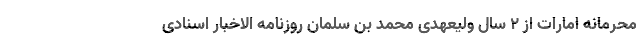
محرمانه امارات از ۲ سال ولیعهدی محمد بن سلمان روزنامه الاخبار اسنادی